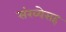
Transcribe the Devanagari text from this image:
संख्येसह